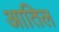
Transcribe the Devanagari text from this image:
आतिल